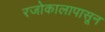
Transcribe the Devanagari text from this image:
रजोकालापासून